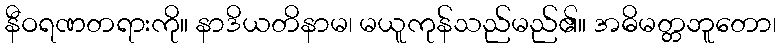
နီဝရဏတရားကို။ နာဒိယတိနာမ၊ မယူကုန်သည်မည်၏။ အဓိမတ္တဘူတော၊